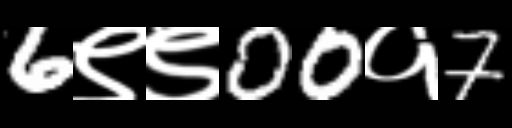
Text: 6९९00१7